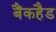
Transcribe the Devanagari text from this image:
बैंकहैड